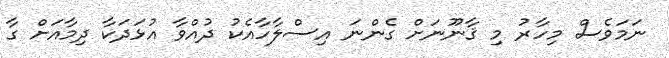
ނަމަވެސް މިހާރު މި ޤާނޫނަށް ގެންނަ އިސްލާހާއެކު ދުއްވާ އުޅަދަކާ ދިމާއަށް ގާ